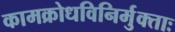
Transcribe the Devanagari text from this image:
कामक्रोधविनिर्मुक्ताः